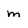
Character: m